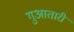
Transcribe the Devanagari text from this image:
गुआतारी